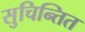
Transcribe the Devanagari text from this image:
सुचिन्तित